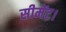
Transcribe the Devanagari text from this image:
सीमेंट।